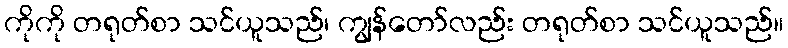
ကိုကို တရုတ်စာ သင်ယူသည်၊ ကျွန်တော်လည်း တရုတ်စာ သင်ယူသည်။